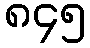
၈၄၅